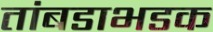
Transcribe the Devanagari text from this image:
तांबडाभडक